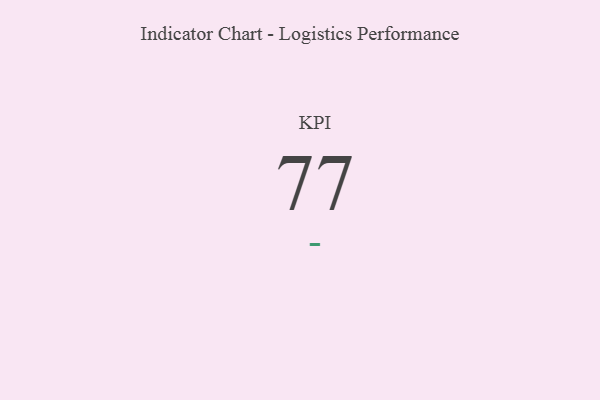
{"axis": {"x": "KPI", "y": "Value"}, "legend": [""], "data": [{"x": "KPI", "y": 77, "type": ""}]}